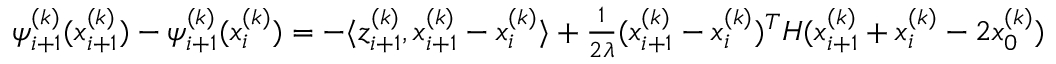
\begin{array} { r } { \psi _ { i + 1 } ^ { ( k ) } ( x _ { i + 1 } ^ { ( k ) } ) - \psi _ { i + 1 } ^ { ( k ) } ( x _ { i } ^ { ( k ) } ) = - \langle z _ { i + 1 } ^ { ( k ) } , x _ { i + 1 } ^ { ( k ) } - x _ { i } ^ { ( k ) } \rangle + \frac { 1 } { 2 \lambda } ( x _ { i + 1 } ^ { ( k ) } - x _ { i } ^ { ( k ) } ) ^ { T } H ( x _ { i + 1 } ^ { ( k ) } + x _ { i } ^ { ( k ) } - 2 x _ { 0 } ^ { ( k ) } ) } \end{array}